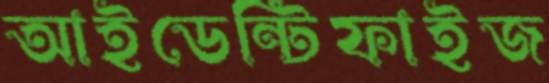
আইডেন্টিফাইজ